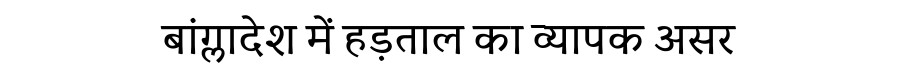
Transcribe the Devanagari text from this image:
बांग्लादेश में हड़ताल का व्यापक असर